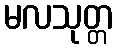
မလသုတ္တ